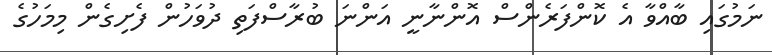
ނަމުގައި ބާއްވާ އެ ކޮންފަރެންސް އޮންނާނީ އަންނަ ބުރާސްފަތި ދުވަހުން ފެށިގެން މިމަހުގެ